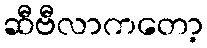
ဆီဗီလာကတော့